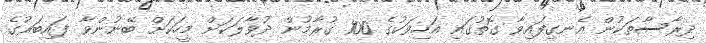
ދިރާސާތަކުން އެނގިފައިވާ ގޮތުގައި އަހިވަކުގެ 100 ގުރާމުން ދުވާލަކަށް މީހަކަށް ބޭނުންވާ ފައިބަރުގެ